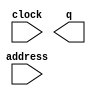
module alt_rom (
	address,
	clock,
	q);

	input	[11:0]  address;
	input	  clock;
	output	[31:0]  q;
`ifndef ALTERA_RESERVED_QIS
// synopsys translate_off
`endif
	tri1	  clock;
`ifndef ALTERA_RESERVED_QIS
// synopsys translate_on
`endif

endmodule